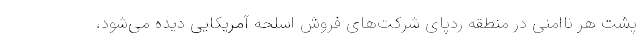
پشت هر ناامنی در منطقه ردپای شرکت‌های فروش اسلحه آمریکایی دیده می‌شود،